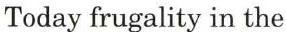
Today frugality in the